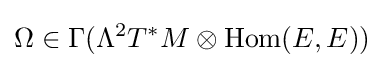
\Omega \in \Gamma (\Lambda ^{2}T^{*}M\otimes {\text{Hom}}(E,E))